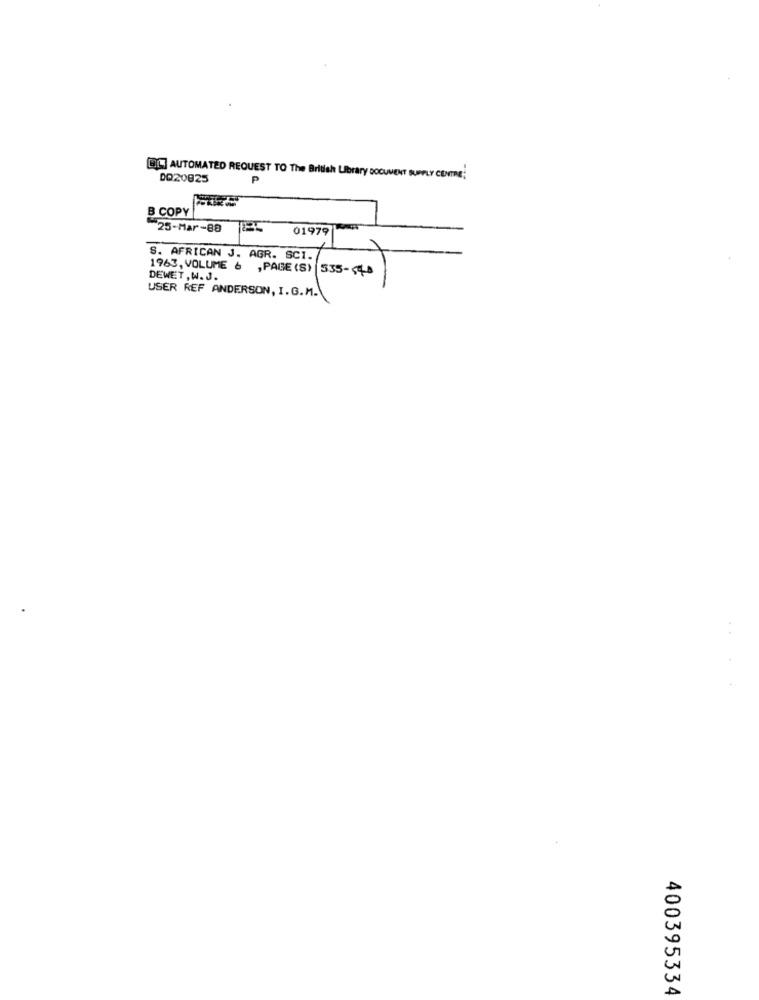
OIL] AUTOMATED REQUEST TO The British Library DOCUMENT SUPPLY CENTRE;
DO20825
P
B COPY
25-Mar-88
01979
S. AFRICAN J. AGR. SCI./
1963, VOLUME & , PAGE (S) 535-40
DEWET,W.J.
USER REF ANDERSON, I. G. M.
400395334